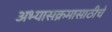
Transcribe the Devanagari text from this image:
अभ्यासक्रमासाठीचे